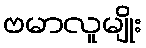
ဗမာလူမျိုး